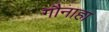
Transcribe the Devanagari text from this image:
गौनाहा